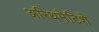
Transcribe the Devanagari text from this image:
अरिथमेटिशे